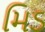
મિડ